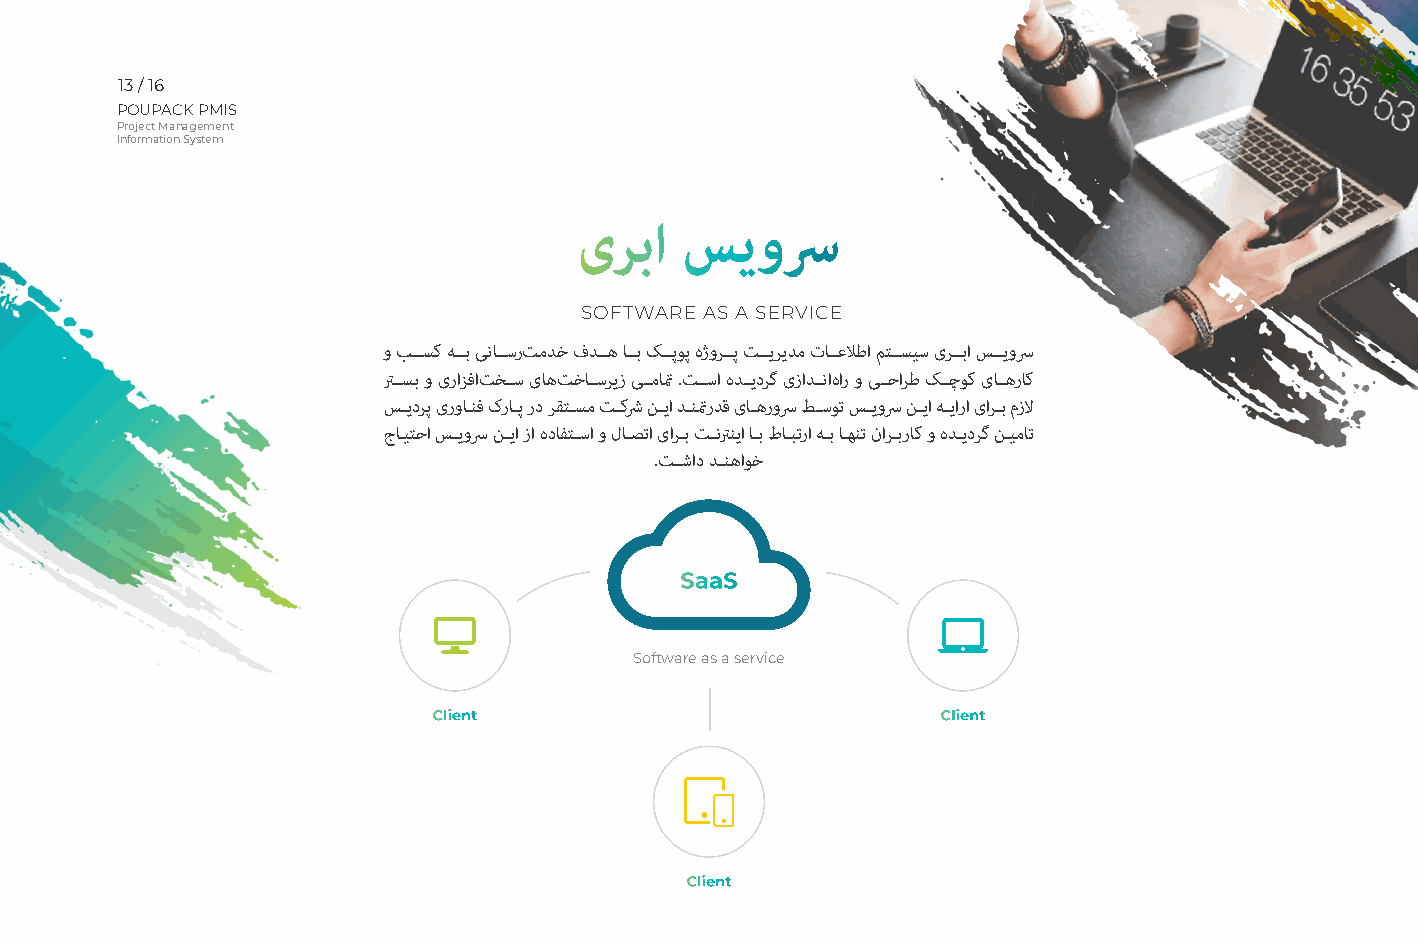
13 / 16
 POUPACK PMIS
 Project Management
 Information System
 یربا   سیوسر
 SOFTWARE AS A SERVICE
 و بــسک هــب یناــسرت مدخ فدــه اــب کــپوپ هژورــپ تــیریدم تاــعلاطا متــسیس یرــبا ســیوسر
 رــسب و یرازفا تخــس یاه تخاــسریز یــماتم .تــسا هدــیدرگ یزادــنا هار و یــحارط کــچوک یاــهراک
 ســیدرپ یرواــنف کراــپ رد رقتــسم تــکشر نــیا دــنتمردق یاــهروسر طــسوت ســیوسر نــیا هــیارا یارــب مزلا
 جاــیتحا ســیوسر نــیا زا هدافتــسا و لاــصتا یارــب تــنرنیا اــب طاــبترا هــب اــهنت نارــبراک و هدــیدرگ نــیمات
 .تــشاد دــنهاوخ
 SaaS
 Software as a service
 Client                           Client
 Client